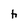
Character: h